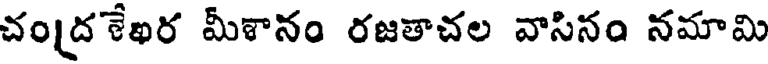
చంద్రశేఖర మీశానం రజతాచల వాసినం నమామి